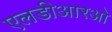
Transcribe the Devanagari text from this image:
एलडीआरओ